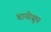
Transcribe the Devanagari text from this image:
बायोग्रुप